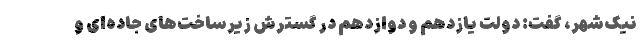
نیک‌شهر، گفت: دولت یازدهم و دوازدهم در گسترش زیرساخت‌های جاده‌ای و